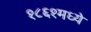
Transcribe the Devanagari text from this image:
१८६१मध्ये